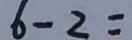
6 - 2 =